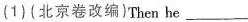
(1)(北京卷改编)Then he___